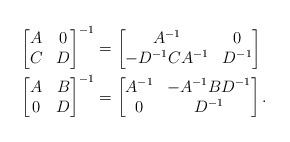
LaTeX: \begin{align*}\begin{bmatrix} A & 0 \\ C & D\end{bmatrix}^{-1} &= \begin{bmatrix}A^{-1} & 0 \\ -D^{-1}CA^{-1} & D^{-1} \end{bmatrix}\\\begin{bmatrix} A & B \\ 0 & D\end{bmatrix}^{-1} &= \begin{bmatrix}A^{-1} & -A^{-1}BD^{-1} \\ 0 & D^{-1} \end{bmatrix}. \end{align*}